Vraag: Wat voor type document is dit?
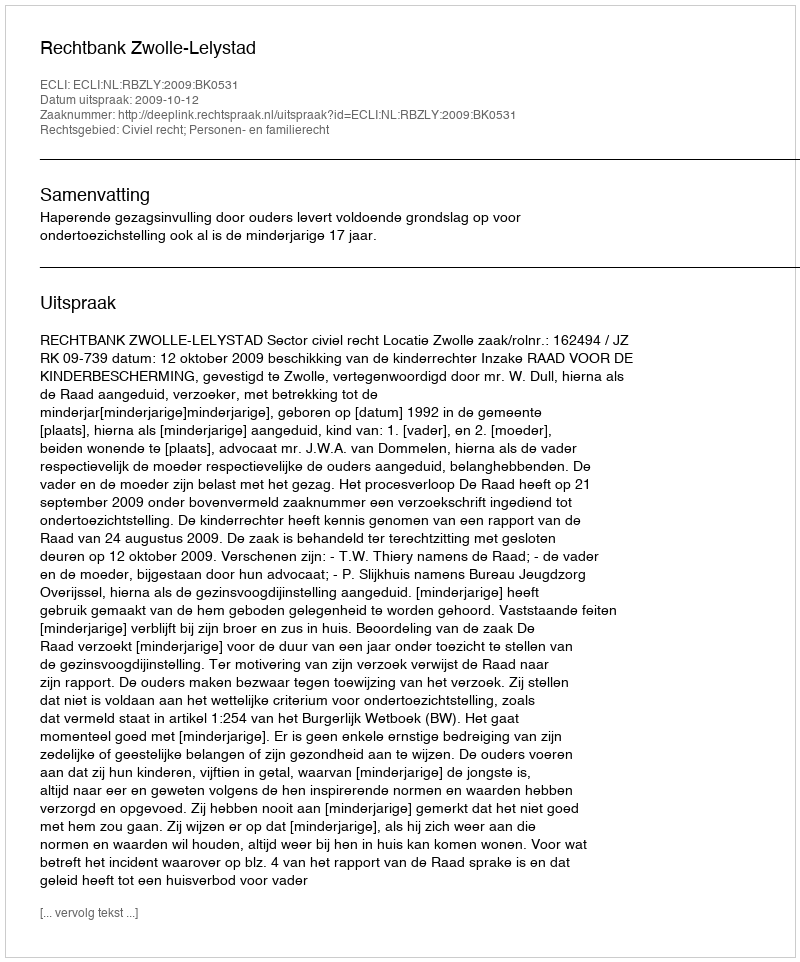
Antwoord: Uitspraak